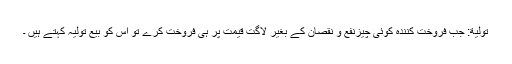
تَوْلِیَة: جب فروخت کنندہ کوئی چیزنفع و نقصان کے بغیر لاگت قیمت پر ہی فروخت کرے تو اس کو بیع تَوْلِیَہ کہتے ہیں ۔